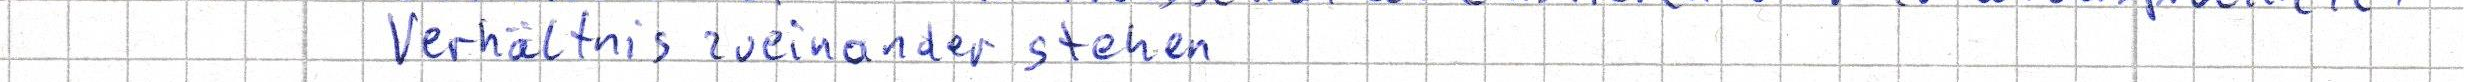
Verhältnis zueinander stehen